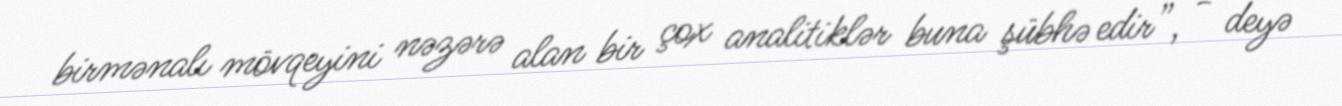
birmənalı mövqeyini nəzərə alan bir çox analitiklər buna şübhə edir”, - deyə